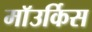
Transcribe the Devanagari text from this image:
माॅउर्किस